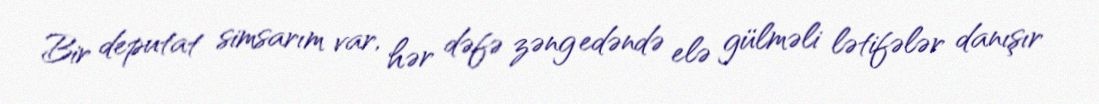
Bir deputat simsarım var, hər dəfə zəng edəndə elə gülməli lətifələr danışır